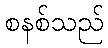
စနစ်သည်